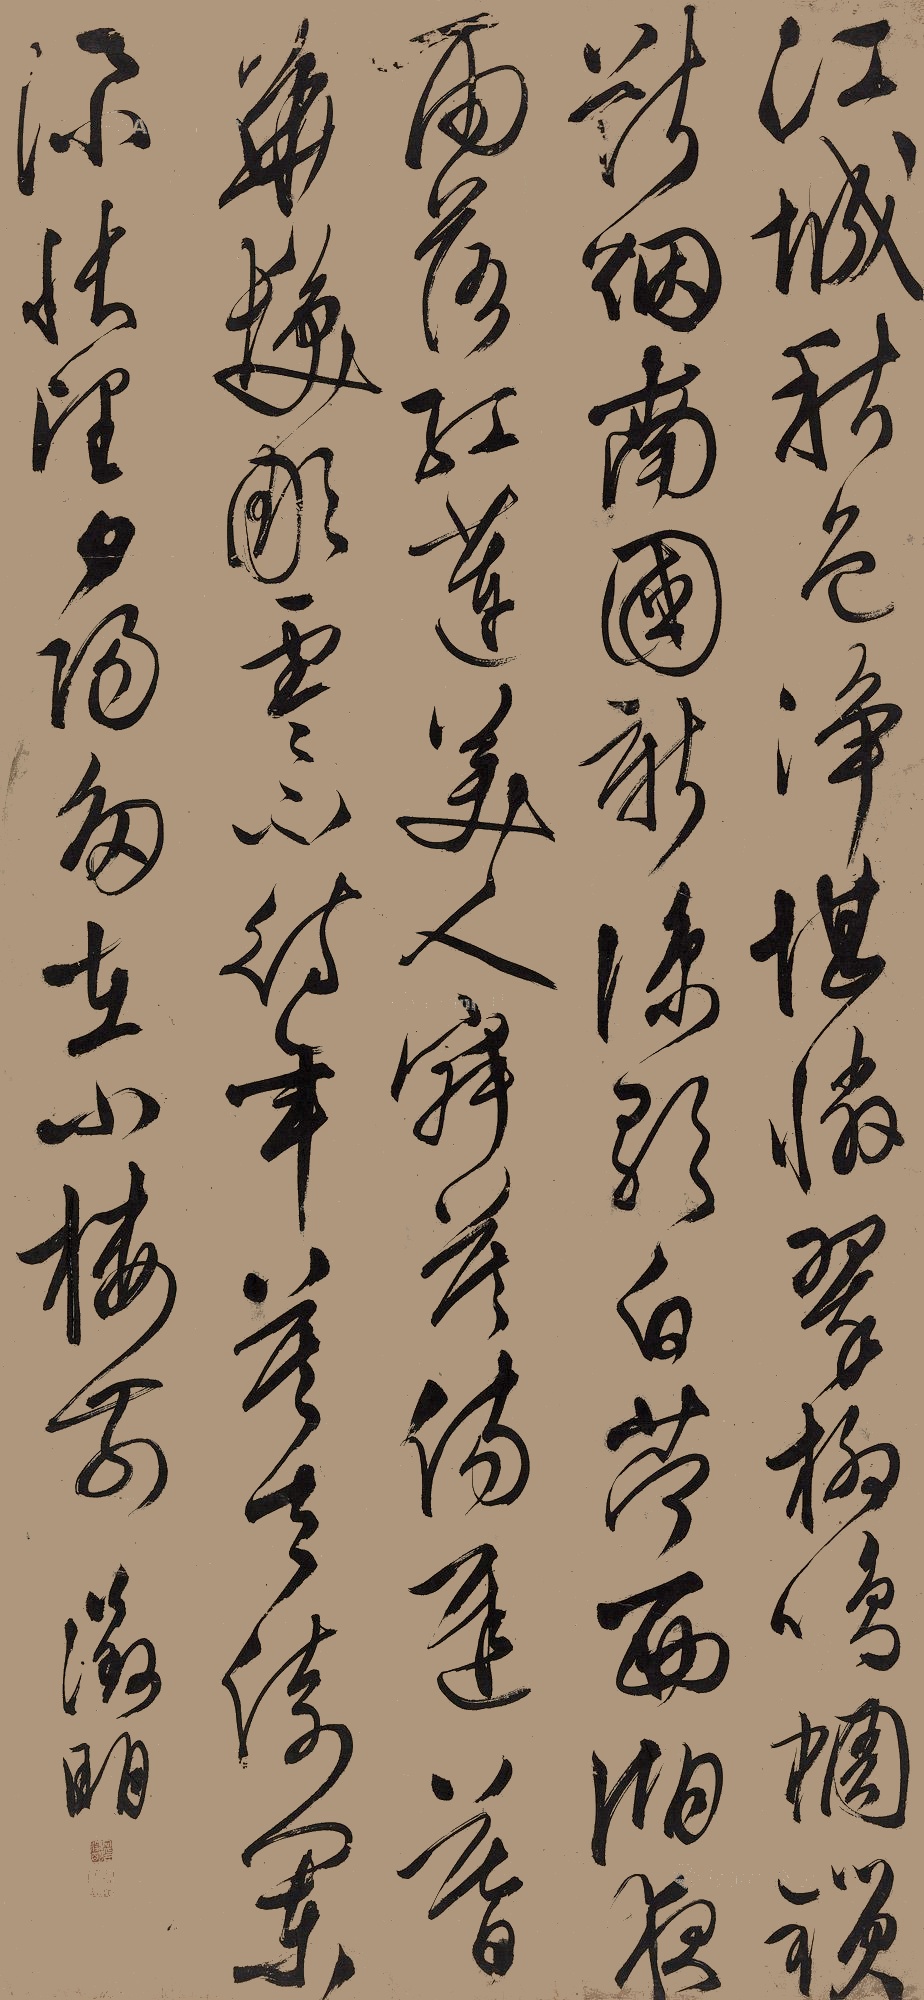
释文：江城秋色净堪怜，翠柳鸣蜩锁断烟。南国新凉歌白苎，西湖夜雨落红莲。美人寂寞伤迟暮，华发凋零不待年。莫去倚阑添怅望，夕阳多在小楼前。征明。